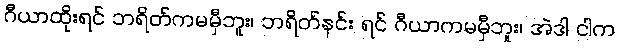
ဂီယာထိုးရင် ဘရိတ်ကမမှီဘူး၊ ဘရိတ်နင်း ရင် ဂီယာကမမှီဘူး၊ အဲဒါ ငါက